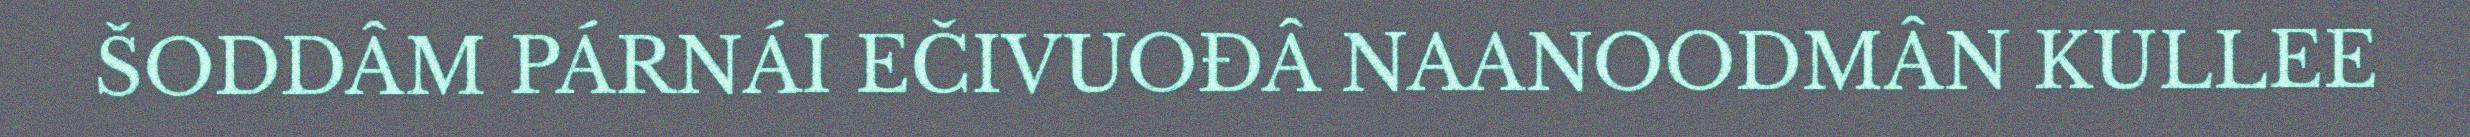
ŠODDÂM PÁRNÁI EČIVUOĐÂ NAANOODMÂN KULLEE